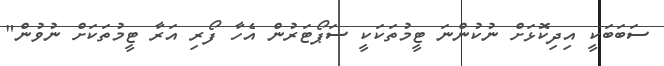
ސަބަބަކީ އިދިކޮޅަށް ނުކުންނަ ޓީމުތަކަކީ ސަޕޯޓަރުން އެހާ ފޯރި އަރާ ޓީމުތަކަށް ނުވުން"